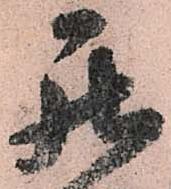
罷